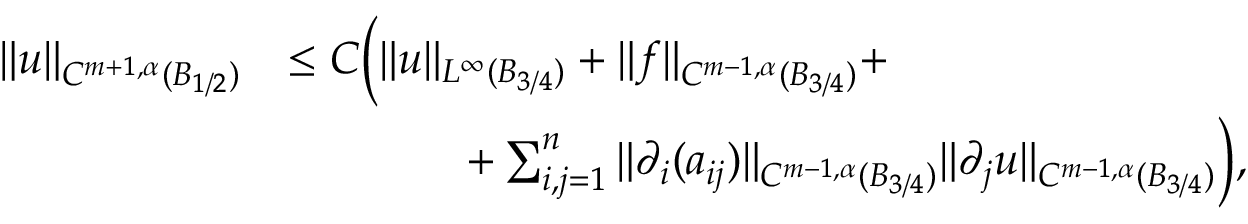
\begin{array} { r l } { \| u \| _ { C ^ { m + 1 , \alpha } ( B _ { 1 / 2 } ) } } & { \le C \bigg ( \| u \| _ { L ^ { \infty } ( B _ { 3 / 4 } ) } + \| f \| _ { C ^ { m - 1 , \alpha } ( B _ { 3 / 4 } ) } + } \\ & { \qquad \qquad + \sum _ { i , j = 1 } ^ { n } \| \partial _ { i } ( a _ { i j } ) \| _ { C ^ { m - 1 , \alpha } ( B _ { 3 / 4 } ) } \| \partial _ { j } u \| _ { C ^ { m - 1 , \alpha } ( B _ { 3 / 4 } ) } \bigg ) , } \end{array}